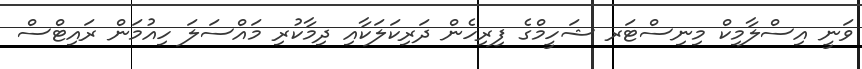
ވަނީ އިސްލާމިކް މިނިސްޓަރ ޝަހީމްގެ ފިރިހެން ދަރިކަލަކާއި ދިމާކުރި މައްސަލަ ހިއުމަން ރައިޓްސް